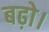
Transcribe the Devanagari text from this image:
बढ़ो।